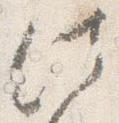
法